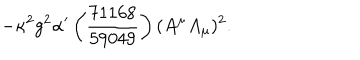
LaTeX: - \kappa ^ { 2 } g ^ { 2 } \alpha ^ { \prime } \left( \frac { 7 1 1 6 8 } { 5 9 0 4 9 } \right) ( A ^ { \mu } A _ { \mu } ) ^ { 2 } .